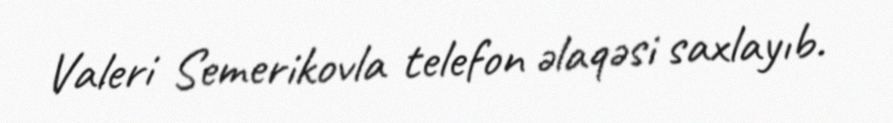
Valeri Semerikovla telefon əlaqəsi saxlayıb.